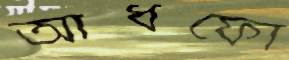
আধফো